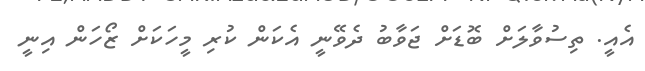
އެއީ. ތިސުވާލަށް ބޮޑަށް ޖަވާބު ދެވޭނީ އެކަން ކުރި މީހަކަށް ޒޯހަން އިނީ